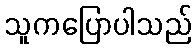
သူကပြောပါသည်